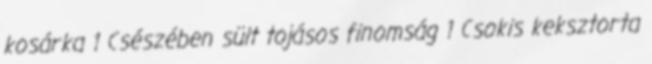
kosárka 1 Csészében sült tojásos finomság 1 Csokis keksztorta